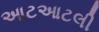
આટઆટલી